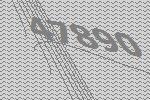
47890